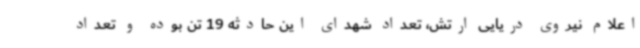
اعلام نیروی دریایی ارتش، تعداد شهدای این حادثه 19 تن بوده و تعداد